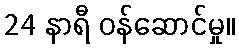
24 နာရီ ဝန်ဆောင်မှု။